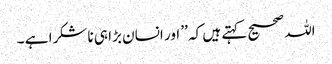
اللہ صحیح کہتے ہیں کہ ’’ اور انسان بڑا ہی ناشکرا ہے ۔